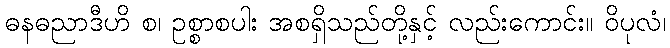
ဓနဓညာဒီဟိ စ၊ ဥစ္စာစပါး အစရှိသည်တို့နှင့် လည်းကောင်း။ ဝိပုလံ၊